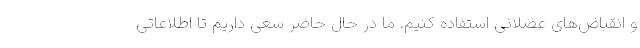
و انقباض‌های عضلانی استفاده کنیم. ما در حال حاضر سعی داریم تا اطلاعاتی